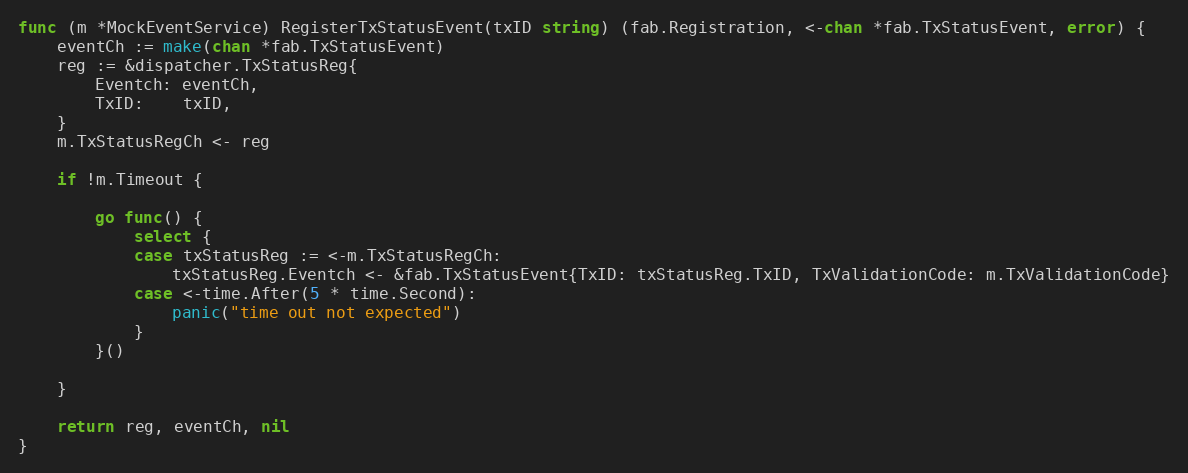
Language: Go
func (m *MockEventService) RegisterTxStatusEvent(txID string) (fab.Registration, <-chan *fab.TxStatusEvent, error) {
	eventCh := make(chan *fab.TxStatusEvent)
	reg := &dispatcher.TxStatusReg{
		Eventch: eventCh,
		TxID:    txID,
	}
	m.TxStatusRegCh <- reg

	if !m.Timeout {

		go func() {
			select {
			case txStatusReg := <-m.TxStatusRegCh:
				txStatusReg.Eventch <- &fab.TxStatusEvent{TxID: txStatusReg.TxID, TxValidationCode: m.TxValidationCode}
			case <-time.After(5 * time.Second):
				panic("time out not expected")
			}
		}()

	}

	return reg, eventCh, nil
}